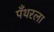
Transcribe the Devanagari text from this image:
पँथरला